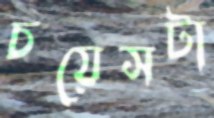
চয়েসটা